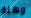
وهلة